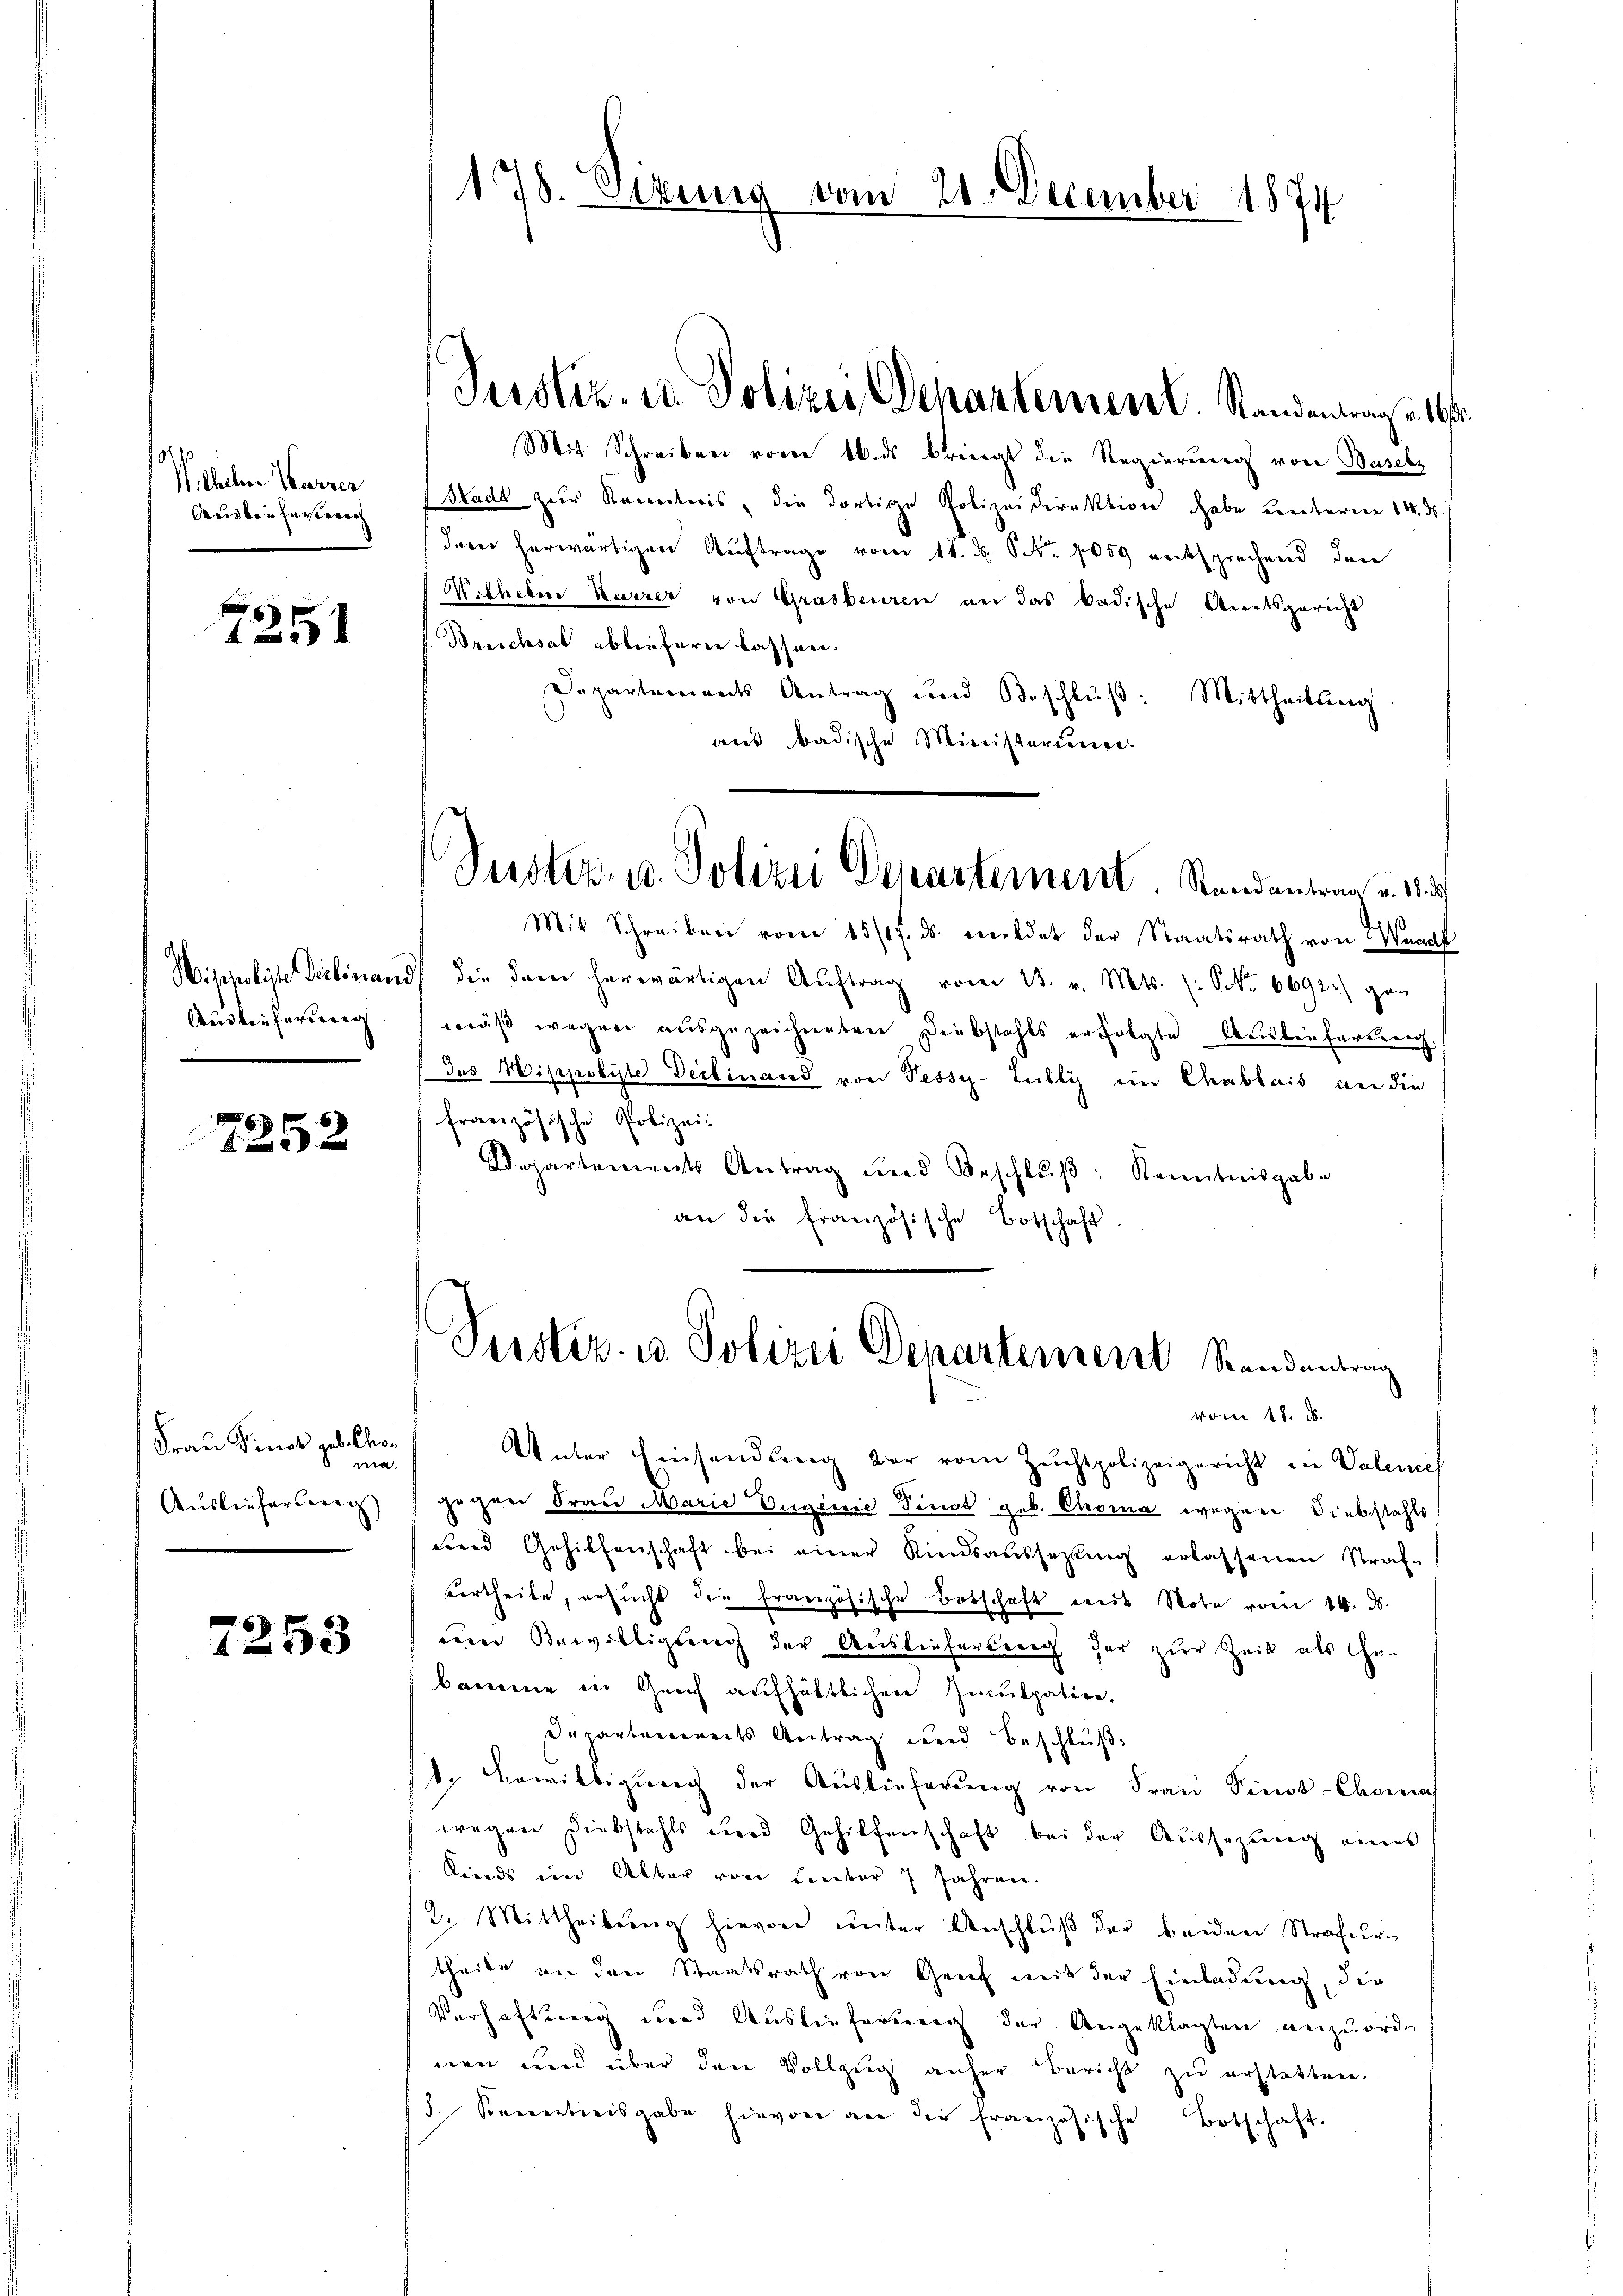
Wilhelm Karrer
acus bei Ferieren

6
2

Nippoliste Delinan
Ausleiherung

6
f 0 x

Frau Sinos geb. Gro¬
8 ma
Ausliefersweg

6
25 x

178. Sizung vom 21. December 1874

Justiz- u. Polizei Departement. Standentrag u. 16.

Mit Schreiben vom 16. ds kriegt die Regierung von Buschz
Stadt zur Kenntnis, die dortige Polizeidirektion habe unterm 14. ds
derer herwärtigen Auftrage vom 18. ds. No 1059 entsprechend den
Wilhelm Karrer von Grasberiren an das badische Anetsgericht
Bruchsal ableitern lassen.
Departariandes Antrag und Beschlŭβ: Mittheilung
dus badische Ministeriener-

Justiz- u. Polizei Departement. Randantrag v. 18 d

Mit Schreiben vom 15/17. ds. mildet der Staatsrath von Waadt
d) die dann herwärtigen Aŭftrag vom 13. v. Mts. (: No 6692) gan
wäß wegen ausgezeichneten Diebstahls erfolgte Auslieferterich
das Hippolyte Declinand von Pessy-Luilly ein Chablais an die
französische Polizei-
Departements Antrag und Beschlŭβ: Kenntnisgabe
an die französische Botschaft.

Serster. u. Polizei Departement Standentrag
vom 18. d.

Unter Einsendung der vom Zuchtpolizeigericht in Valence
gegen Frau Marie Ungenie Finde geb. Coma wegen Diebstahls
uard Gehilfenschaft bei einer Kiesaussetzŭng erlassenen Straf-
vertheile, ersŭcht die französische Botschaft mit Note vom 14. ds.
und Bewilligung der Auslieferberg der zur Zeit als Gr.
kamme in Geich aufhältlichen Inculpatier,
Derartements Antrag und Beschluß
d. Bewilligung der Auslieferung von Frau Pinst-Chornah
wegen Diebstahls und Gehilfenschaft bei der Aussezung eines
Kinds im Alber von Lember 7 Jahren.
/2. Mittheilŭng hievon ŭnter Anschlŭβ der beiden Strafurtheile an den Staatsrath von Genf mit der Einladung, die
Verhaftung und Ausliefernung der Angeklagten anzuordn
nen und über den Vollzug anher Bericht zu erstatten.
d. Koncentreisgabe hievon an die französische Botschaft.